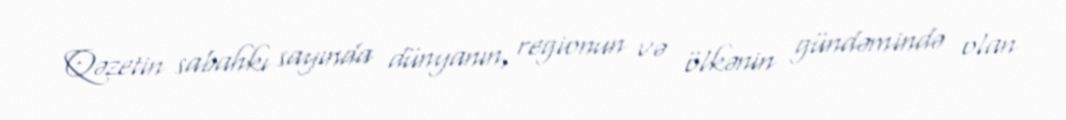
Qəzetin sabahkı sayında dünyanın, regionun və ölkənin gündəmində olan